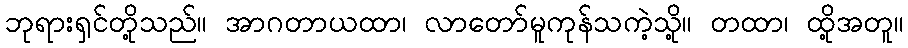
ဘုရားရှင်တို့သည်။ အာဂတာယထာ၊ လာတော်မူကုန်သကဲ့သို့။ တထာ၊ ထို့အတူ။